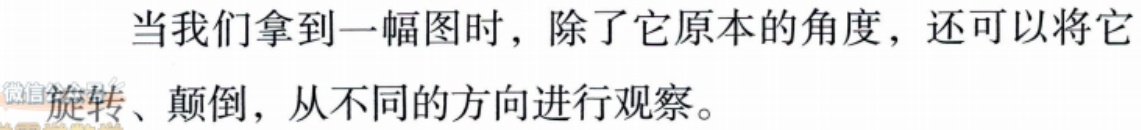
当我们拿到一幅图时，除了它原本的角度，还可以将它旋转、颠倒，从不同的方向进行观察。